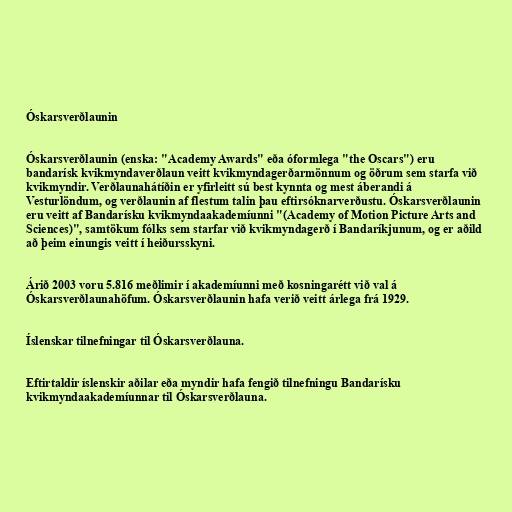
Óskarsverðlaunin

Óskarsverðlaunin (enska: "Academy Awards" eða óformlega "the Oscars") eru
bandarísk kvikmyndaverðlaun veitt kvikmyndagerðarmönnum og öðrum sem starfa við
kvikmyndir. Verðlaunahátíðin er yfirleitt sú best kynnta og mest áberandi á
Vesturlöndum, og verðlaunin af flestum talin þau eftirsóknarverðustu. Óskarsverðlaunin
eru veitt af Bandarísku kvikmyndaakademíunni "(Academy of Motion Picture Arts and
Sciences)", samtökum fólks sem starfar við kvikmyndagerð í Bandaríkjunum, og er aðild
að þeim einungis veitt í heiðursskyni.

Árið 2003 voru 5.816 meðlimir í akademíunni með kosningarétt við val á
Óskarsverðlaunahöfum. Óskarsverðlaunin hafa verið veitt árlega frá 1929.

Íslenskar tilnefningar til Óskarsverðlauna.

Eftirtaldir íslenskir aðilar eða myndir hafa fengið tilnefningu Bandarísku
kvikmyndaakademíunnar til Óskarsverðlauna.